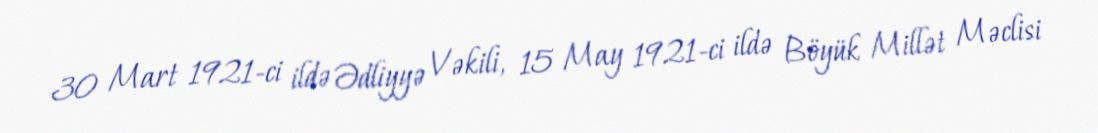
30 Mart 1921-ci ildə Ədliyyə Vəkili, 15 May 1921-ci ildə Böyük Millət Məclisi